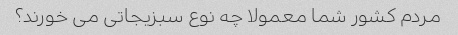
مردم کشور شما معمولا چه نوع سبزیجاتی می خورند؟